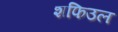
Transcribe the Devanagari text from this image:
शफिउल